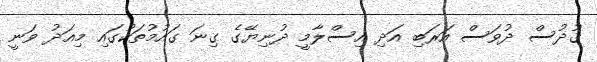
ޤުދުސް ދުވަސް އަރަބި އަދި އިސްލާމީ ދުނިޔޭގެ ގިނަ ގައުމުތަކުގައި މިއަދު ވަނީ